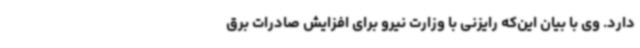
دارد. وی با بیان این‌که رایزنی با وزارت نیرو برای افزایش صادرات برق